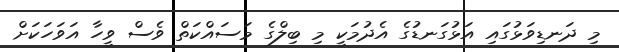
މި ދަނޑިވަޅުގައި އަޅުގަނޑުގެ އެދުމަކީ މި ބިލްގެ މަސައްކަތް ވެސް ވީހާ އަވަހަކަށް